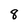
Character: 8